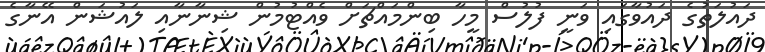
ދައުލަތުގެ ދައުވާގައި ވަނީ ފުލުސް މީހާ ބިންމައްޗަށް ވެއްޓުމުން ޝިނާނާއި ލައުޝަން އޭނާގެ